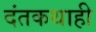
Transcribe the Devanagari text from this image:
दंतकथाही